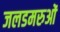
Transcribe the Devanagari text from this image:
जलडमरुओं